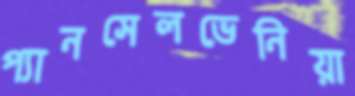
প্যানসেলভেনিয়া